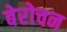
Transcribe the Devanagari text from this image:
बेरोचन